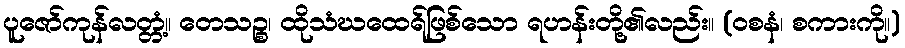
ပူဇော်ကုန်လတ္တံ့။ တေသဉ္စ၊ ထိုသံဃထေရ်ဖြစ်သော ရဟန်းတို့၏လည်း။ (ဝစနံ၊ စကားကို။)